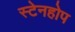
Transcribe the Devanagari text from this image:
स्टेनहोप